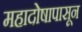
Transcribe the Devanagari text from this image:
महादोषापासून